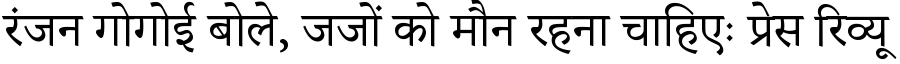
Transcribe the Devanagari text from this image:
रंजन गोगोई बोले, जजों को मौन रहना चाहिएः प्रेस रिव्यू